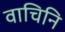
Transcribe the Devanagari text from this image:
वाचिनि